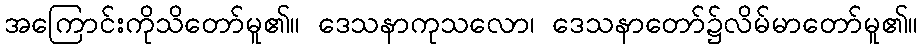
အကြောင်းကိုသိတော်မူ၏။ ဒေသနာကုသလော၊ ဒေသနာတော်၌လိမ်မာတော်မူ၏။